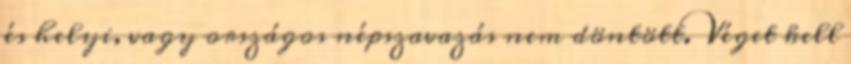
és helyi, vagy országos népszavazás nem döntött. Véget kell